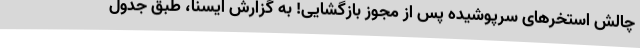
چالش استخرهای سرپوشیده پس از مجوز بازگشایی! به گزارش ایسنا، طبق جدول